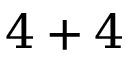
4 + 4